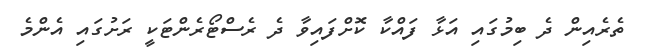
ތެރެއިން ދެ ބިމުގައި އަޅާ ފައްކާ ކޮށްފައިވާ ދެ ރެސްޓޯރެންޓަކީ ރަށުގައި އެންމެ